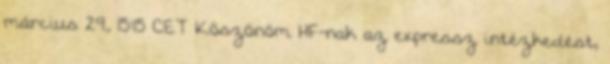
március 29., 15:15 CET Köszönöm HF-nak az expressz intézkedést,